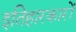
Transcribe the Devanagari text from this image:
इतिहारकारों